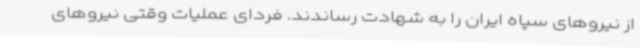
از نیروهای سپاه ایران را به شهادت رساندند. فردای عملیات وقتی نیروهای